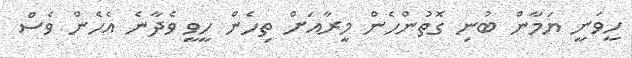
ހީވަނީ ޔަމާން ބުނި ގޮތުންހެން މީރާއަށް ތިހެން ހީވީ ވެދާނެ އެހެން ވެސް